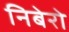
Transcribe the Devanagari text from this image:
निबेरो